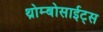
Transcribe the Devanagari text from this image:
थ्रोम्बोसाईट्स